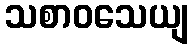
သစာဝသေယျ